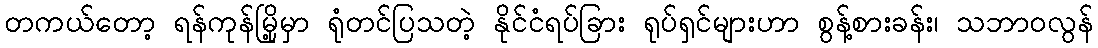
တကယ်တော့ ရန်ကုန်မြို့မှာ ရုံတင်ပြသတဲ့ နိုင်ငံရပ်ခြား ရုပ်ရှင်များဟာ စွန့်စားခန်း၊ သဘာဝလွန်